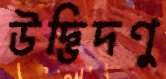
উদ্ভিদণু